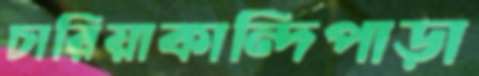
চারিয়াকান্দিপাড়া